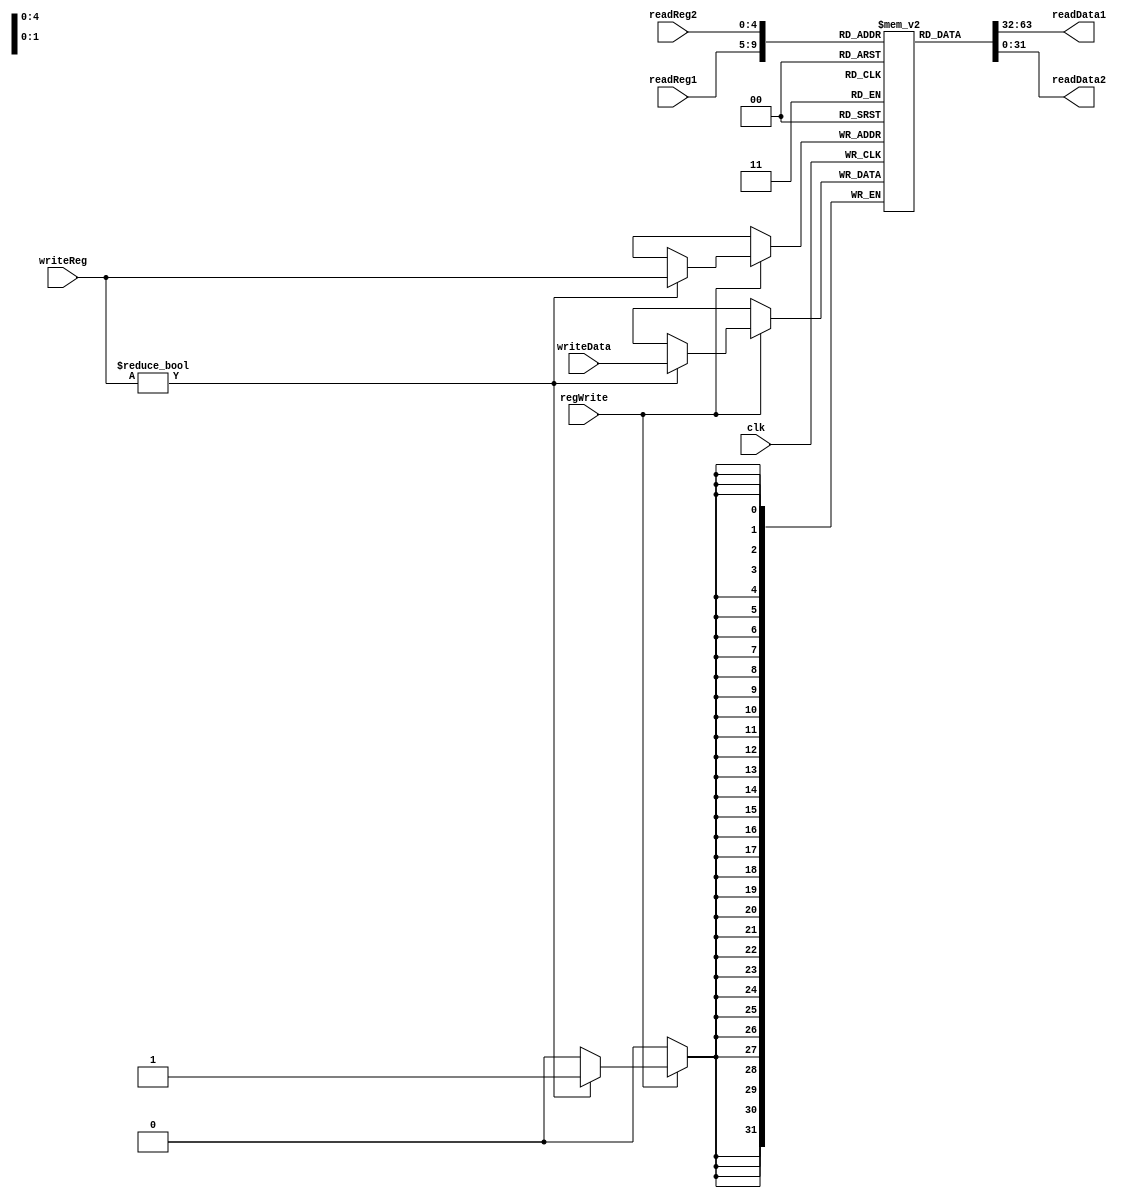
`timescale 1ps/1ps
module RegisterFile(
    clk, 
    readReg1,
    readReg2, 
    writeReg, 
    writeData, 
    regWrite, 
    readData1, 
    readData2
    );
	input [4:0] readReg1, readReg2, writeReg;
	input [31:0] writeData;
	input regWrite, clk;
	
	output [31:0] readData1, readData2;
	reg [31:0]Registers[0:31];
	
	integer i;
	initial begin
        for(i = 0; i < 32; i = i+1)
            Registers[i] = 32'b0;
	end
	
	
	always @(negedge clk) begin
		if (regWrite) begin
            if (writeReg != 5'b0)
			    Registers[writeReg] = writeData;
		end
	end
	
	assign readData1 = Registers[readReg1];
	assign readData2 = Registers[readReg2];
	
endmodule